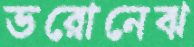
ভরোনেঝ